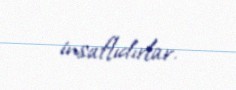
insaflıdırlar.